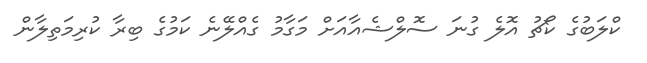
ކްލަބުގެ ކޯޗު އޮލެ ގުނަ ސޮލްޝެއާއަށް މަގާމު ގެއްލޭނެ ކަމުގެ ބިރާ ކުރިމަތިލާން